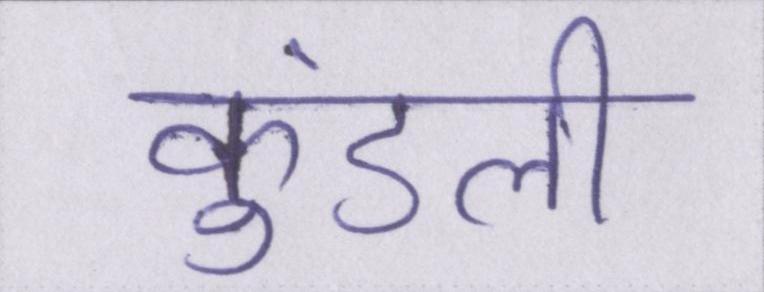
कुंडली